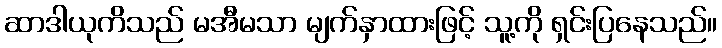
ဆာဒါယုကိသည် မအီမသာ မျက်နှာထားဖြင့် သူ့ကို ရှင်းပြနေသည်။